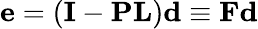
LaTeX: {\mathbf e}=({\mathbf I}-{\mathbf P}{\mathbf L}){\mathbf d}\equiv{\mathbf F}{\mathbf d}